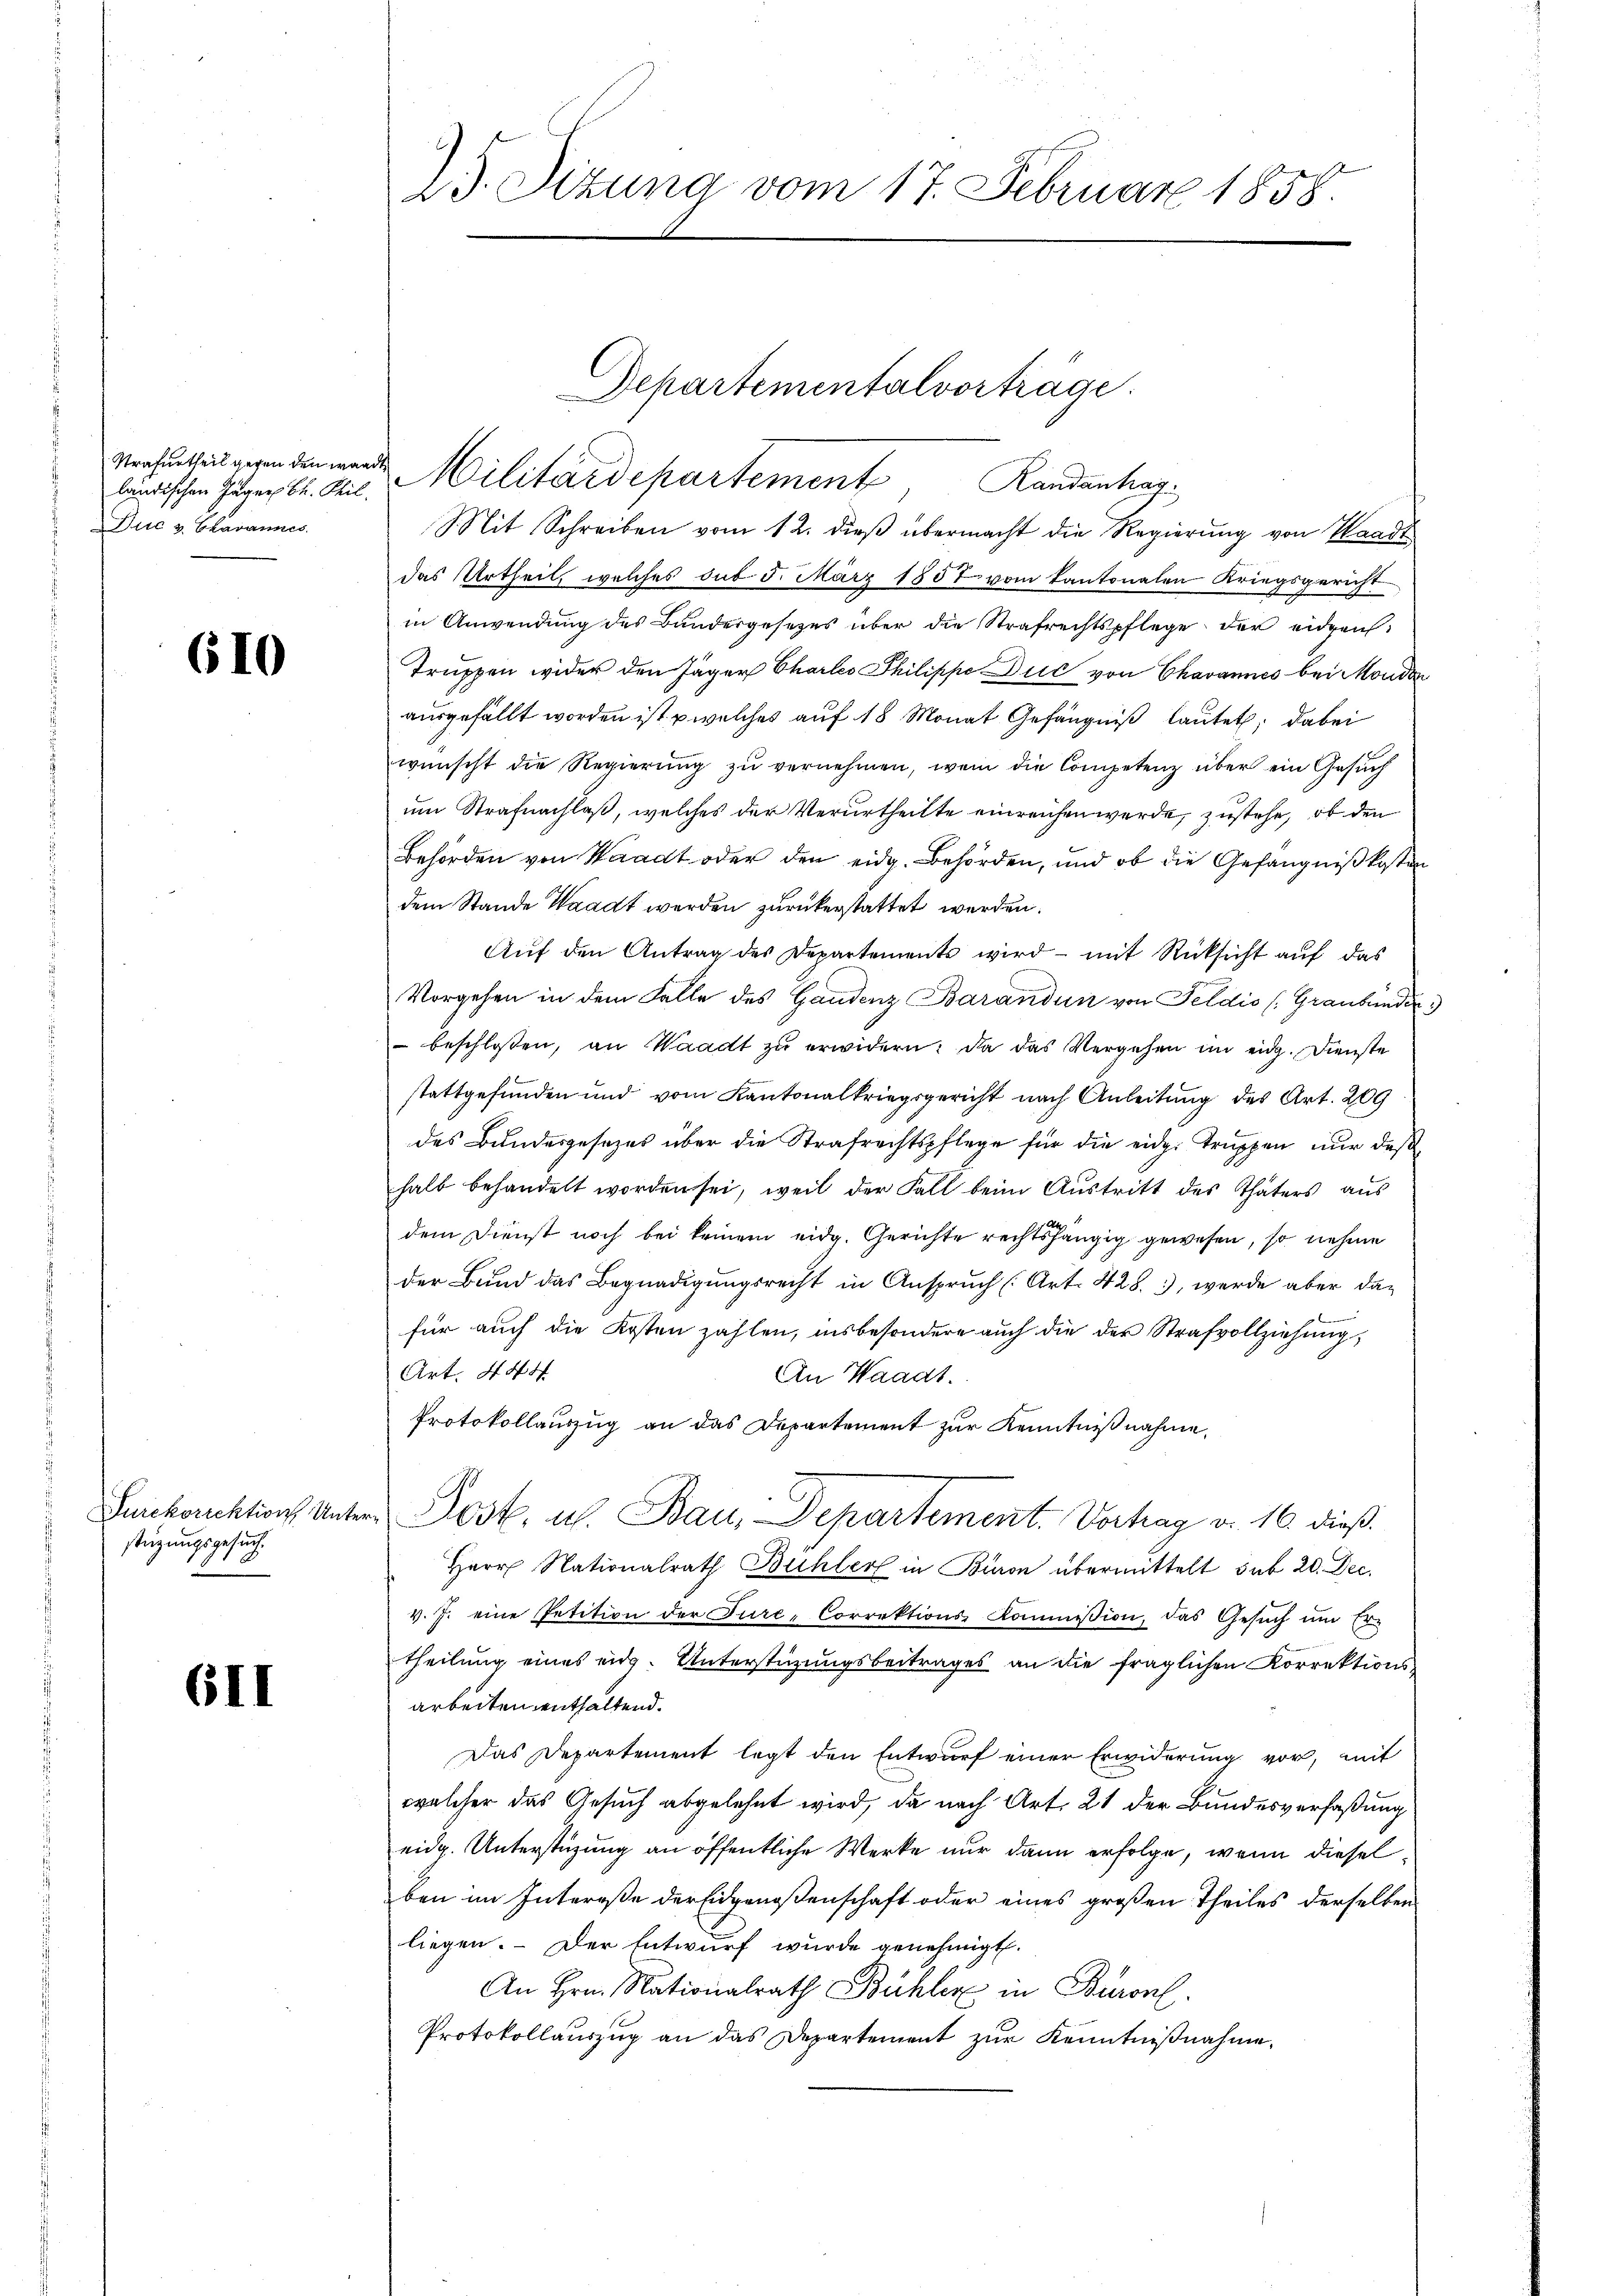
ländischen Jäger Bl. Phil.
Dirs & Charannes

610

Surckorrektion Unter
stüzungsgesuch.

6II

25. Dizuna vom 17. Februar 1858.

Verheiten gegen den werde Militärdepartement, Randanhag
Mit Schreiben vom 12. dieβ übermacht die Regierŭng von Waadt
das Urtheil, welches sub. 5. März 1857 vom kantonalen Kriegsgericht
in Anwendung des Bundergesetzes über die Strafrechtspflege der eidgen
Truppen wider den Jäger Chartes Philippe Duc von Chavannes bei Monde
ausgefällt worden ist u welches auf 18 Monat Gefängniß lautet; dabei
wünscht die Regierŭng zŭ vernehmen, wem die Competenz über ein Gesuch
um Strafnachlaß, welches der Verurtheilte einreichen werde, zustehe, ob den
Behörden von Waadt oder den eidg. Behörden, und ob die Gefängnißkosten
dem Stande Waadt werden zurückerstattet werden.
Auf den Antrag des Departements wird - mit Rücksicht auf das
Vorgehen in dem Falle des Gandenz Barandun von Feldio (Graubünden
 beschlossen, an Waadt zŭ erwidern: da das Vergehen im eidg. Dienste
stattgefunden und vom Kantonalkriegsgericht nach Anleitung des Art. 209
des Bundesgesezes über die Strafrechtspflege für die eidg. Truppen nur daß
halb behandelt worden sei, weil der Fall beim Austritt des Thäters aus
dem Dienst noch bei keinem eidg. Gerichte rechtshängig gewesen, so nehme
der Bund das Begnadigungsrecht in Anspruch (Art. 428. 1), werde aber dan
für auch die Kosten zahlen, insbesondere auch die der Strafvollziehung,
Art. 444
An Waadt.
Protokollauszug an das Departement zur Kenntnißnahme,
Post. u. Bau, Departement. Vortrag v. 16. dieß.
Herr Nationalrath Bühler in Baron übermittelt sub 20. Dec.
v. J. eine Petition der Türe-Correktions-Kommißion, das Gesŭch um Er-
theilung eines eidg. Unterstüzungsbeitrages an die fraglichen Korrektionsarbeiten enthaltend.
Das Departement legt den Entwurf einer Erwiderung vor, mit
welcher das Gesuch abgelehnt wird, da nach Art. 21 der Bundesverfaßung
eidg. Unterstüzung an öffentliche Werke nur dann erfolge, wenn dieselben im Intereße der Eidgenoßenschaft oder eines großen Theiles derselben
liegen. - Der Entwurf wurde genehmigt.
An Hrn. Nationalrath Bühler in Baron.
Protokollauszug an das Departement zur Kenntnißnahme,

Departementalvorträge.